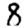
Digit: 8